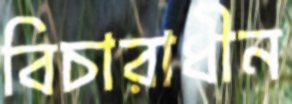
বিচারাধীন